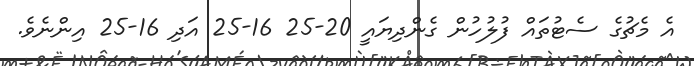
އެ މެޗުގެ ސެޓުތައް ފުލުހުން ގެންދިޔައީ 20-25 16-25 އަދި 16-25 އިންނެވެ.